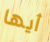
أيها